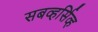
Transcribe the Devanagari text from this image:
सबव्हर्सिव्ह